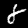
Label: 8